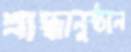
শ্রাদ্ধানুষ্ঠান